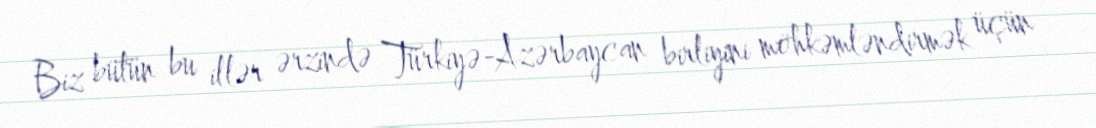
Biz bütün bu illər ərzində Türkiyə-Azərbaycan birliyini möhkəmləndirmək üçün